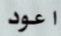
اعود